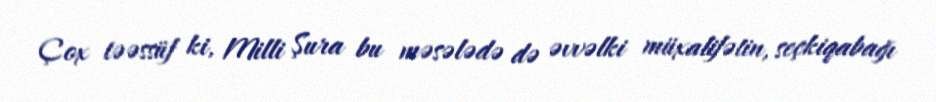
Çox təəssüf ki, Milli Şura bu məsələdə də əvvəlki müxalifətin, seçkiqabağı